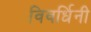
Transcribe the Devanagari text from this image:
विवर्धिनी